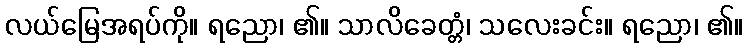
လယ်မြေအရပ်ကို။ ရညော၊ ၏။ သာလိခေတ္တံ၊ သလေးခင်း။ ရညော၊ ၏။